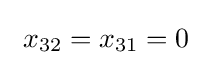
\ x_{32}=x_{31}=0